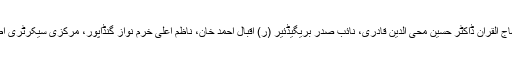
چیئرمین سپریم کونسل منہاج القرآن انٹرنیشنل ڈاکٹر حسن محی الدین قادری، صدر تحریک منہاج القرآن ڈاکٹر حسین محی الدین قادری، نائب صدر بریگیڈئیر (ر) اقبال احمد خان، ناظم اعلیٰ خرم نواز گنڈاپور، مرکزی سیکرٹری اطلاعات نور اللہ صدیقی نے تقریب میں تشریف لانے والے معزز مہمانوں کو خوش آمدید کہا۔